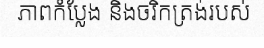
ភាពកំប្លែង និងចរិកត្រង់របស់